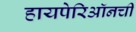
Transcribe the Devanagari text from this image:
हायपेरिऑनची